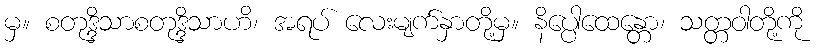
မှ။ စတုဒ္ဒိသာစတုဒ္ဒိသာဟိ၊ အရပ် လေးမျက်နှာတို့မှ။ နိပ္ပေါထေန္တော၊ သတ္တဝါတို့ကို